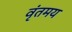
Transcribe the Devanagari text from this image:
वृंतमय